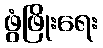
ဖွံဖြိုးရေး